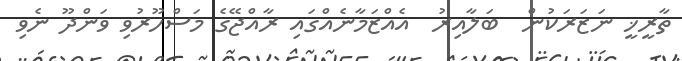
ތާރީޚީ ނަޒަރަކުން  ބަލާއިރު  އެއްޒަމާނެއްގައި ރާއްޖޭގެ މަސްހޫރުވި ވަންދޫ ނެވި